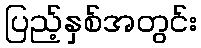
ပြည့်နှစ်အတွင်း